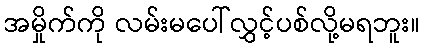
အမှိုက်ကို လမ်းမပေါ်လွှင့်ပစ်လို့မရဘူး။